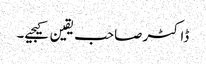
ڈاکٹرصاحب یقین کیجیے۔